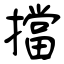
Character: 擋